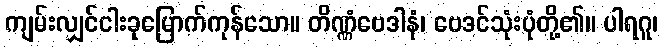
ကျမ်းလျှင်ငါးခုမြောက်ကုန်သော။ တိဏ္ဏံဗေဒါနံ၊ ဗေဒင်သုံးပုံတို့၏။ ပါရဂူ၊